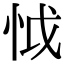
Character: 怴